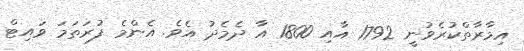
އިމާރާތްކުރެވުނީ 1792 އާއި 1800 އާ ދެމެދު އެވެ. އެންމެ ފުރަތަމަ ވައިޓް